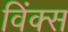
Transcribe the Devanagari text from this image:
विंक्स